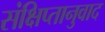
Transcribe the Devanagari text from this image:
संक्षिप्तानुवाद